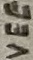
Text: VEE